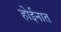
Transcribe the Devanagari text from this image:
होईनात